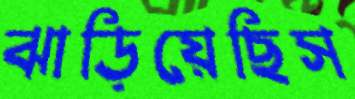
ঝাড়িয়েছিস